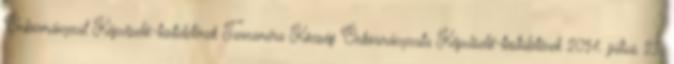
Önkormányzat Képviselő-testületének Tarnaméra Község Önkormányzata Képviselő-testületének 2014. július 23.